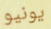
يونيو